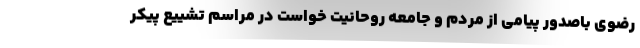
رضوی باصدور پیامی از مردم و جامعه روحانیت خواست در مراسم تشییع پیکر